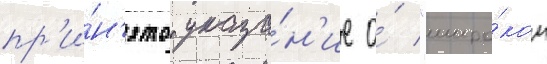
пр'и́н'ято указа́н'ие о́ "широ́ком